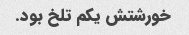
خورشتش یکم تلخ بود.